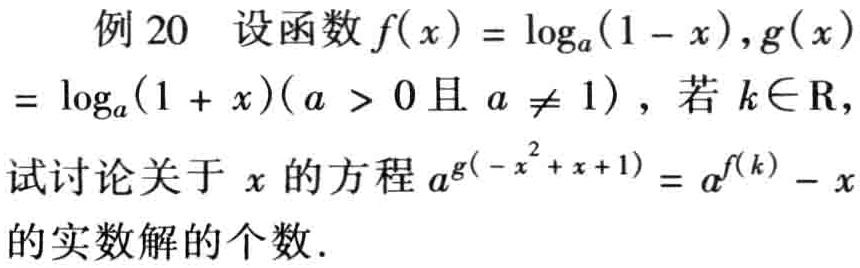
例 20 设函数$f(x)=\log_{a}(1 - x),g(x)=\log_{a}(1 + x)(a > 0且a\neq1)$，若$k\in\mathrm{R}$，试讨论关于$x$的方程$a^{g(-x^{2}+x + 1)}=a^{f(k)}-x$的实数解的个数.